Leaving Certificate Examination, 1910
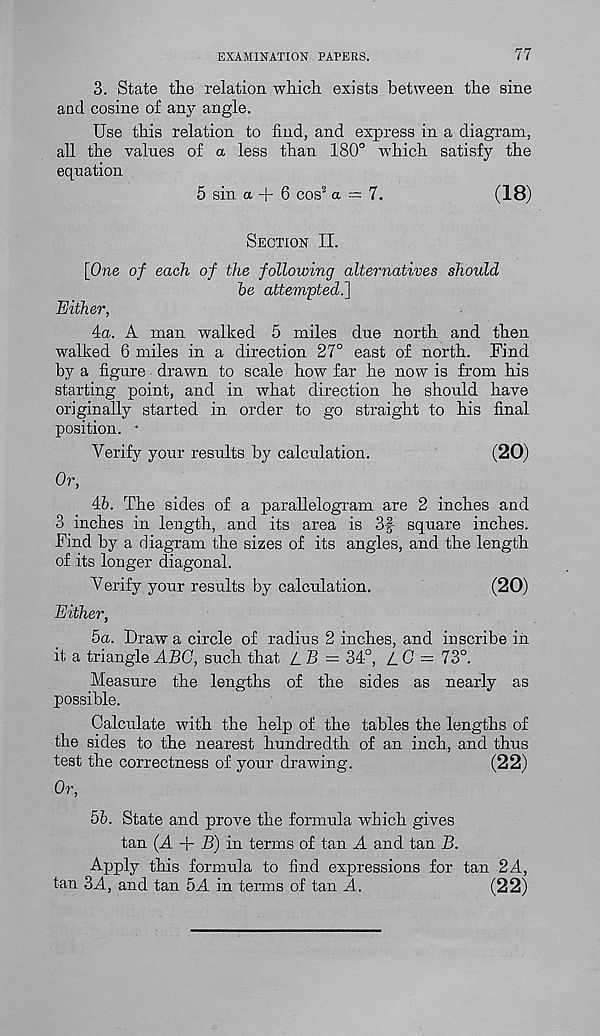
EXAMINATION PAPERS.
77
3. State the relation which exists between the sine
and cosine of any angle.
Use this relation to find, and express in a diagram,
all the values of a less than 180° which satisfy the
equation
5 sin a + 6 COS 2 a = 7.
(18)
Section II.
[One of each of the following alternatives should
he attempted.]
Either,
4a. A man walked 5 miles due north and then
walked 6 miles in a direction 27° east of north. Find
by a figure drawn to scale how far he now is from his
starting point, and in what direction he should have
originally started in order to go straight to his final
position. *
Verify your results by calculation.
(20)
Or,
46. The sides of a parallelogram are 2 inches and
3 inches in length, and its area is 3f square inches.
Find by a diagram the sizes of its angles, and the length
of its longer diagonal.
Verify your results by calculation.
(20)
Either,
5a. Draw a circle of radius 2 inches, and inscribe in
it a triangle ABG, such that LB = 34°, LG — 73°.
Measure the lengths of the sides as nearly as
possible.
Calculate with the help of the tables the lengths of
the sides to the nearest hundredth of an inch, and thus
test the correctness of your drawing.
(22)
Or,
56. State and prove the formula which gives
tan (A + B) in terms of tan A and tan B.
Apply this formula to find expressions for tan 2A,
tan 3A, and tan 5A in terms of tan A.
(22)